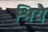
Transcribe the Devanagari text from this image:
श्रियै